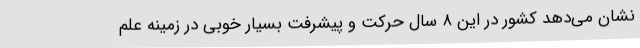
نشان می‌دهد کشور در این ۸ سال حرکت و پیشرفت بسیار خوبی در زمینه علم